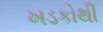
ખડકોથી